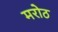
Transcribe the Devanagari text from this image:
मरोठ